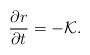
LaTeX: \begin{align*}\frac{\partial r}{\partial t} =-{\cal{K}}.\end{align*}